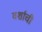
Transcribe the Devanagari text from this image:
वर्शाची